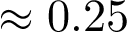
\approx 0 . 2 5